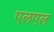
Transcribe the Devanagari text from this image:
एलएल